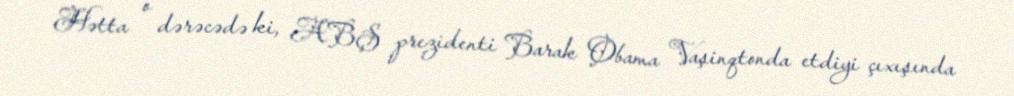
Hətta o dərəcədə ki, ABŞ prezidenti Barak Obama Vaşinqtonda etdiyi çıxışında